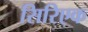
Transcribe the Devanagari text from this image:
सिरिएक